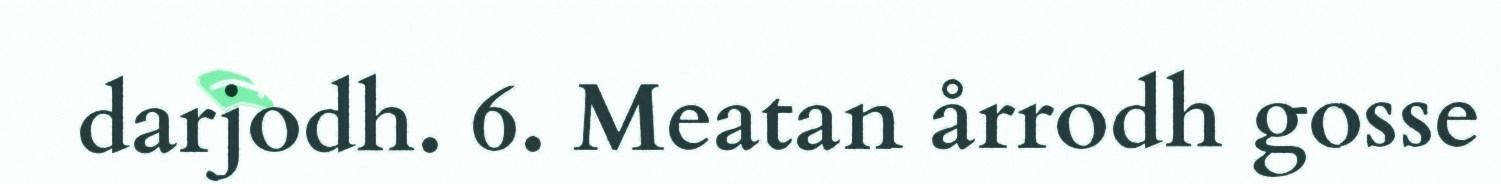
darjodh. 6. Meatan årrodh gosse